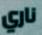
ناري